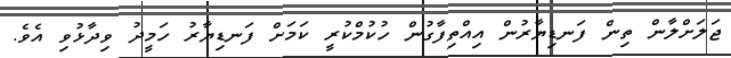
ޖަލަށްލާން ތިން ފަނޑިޔާރުން އިއްތިފާގުން ހުކުމްކުރީ ކަމަށް ފަނޑިޔާރު ހަމީދު ވިދާޅުވި އެވެ.